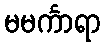
မမင်္ကာရာ